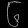
Digit: ၆